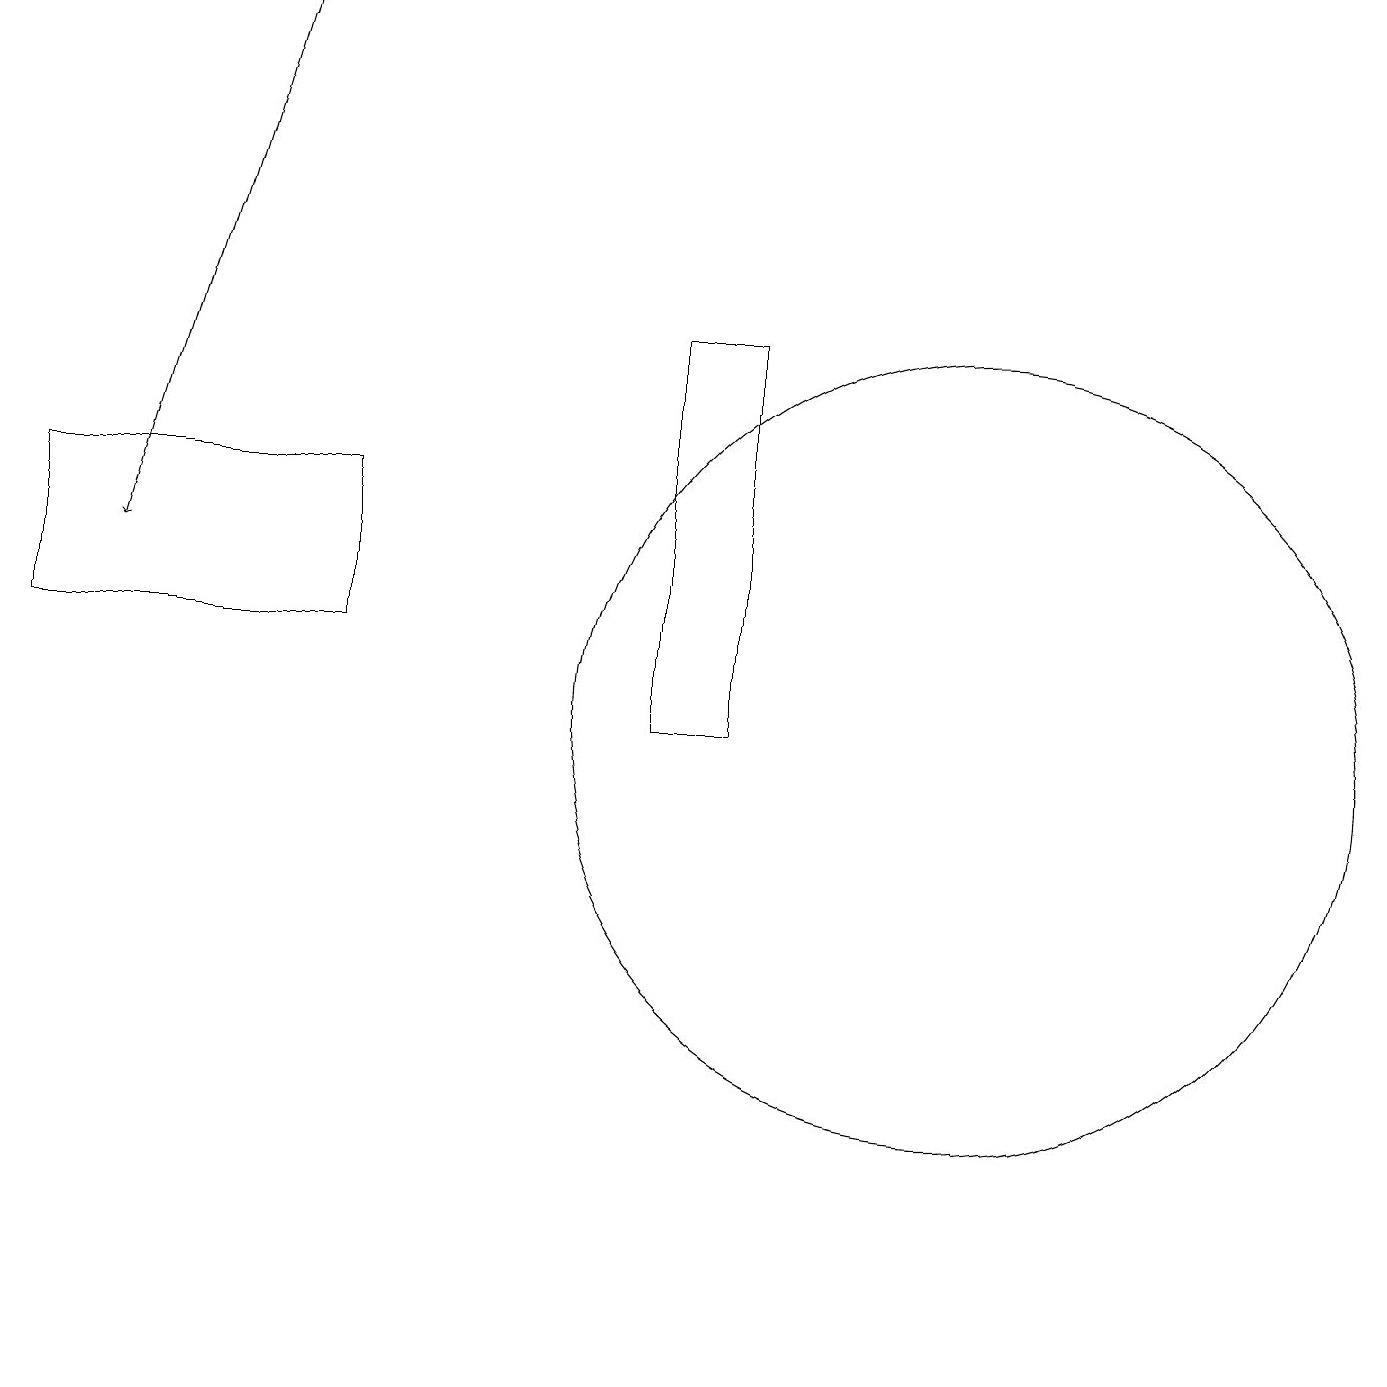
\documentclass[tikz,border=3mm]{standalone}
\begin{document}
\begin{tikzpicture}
\draw[->] (3,19) -- (1,12);
\draw (4,11) rectangle (0,13);
\draw (12,10) circle (5);
\draw (0,3) -- (0,6) -- (0,2) -- cycle;
\draw (8,10) rectangle (9,15);
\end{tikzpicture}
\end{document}